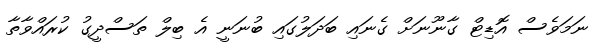
ނަމަވެސް އޮޑިޓް ގާނޫނަށް ގެނައި ބަދަލުގައި ބުނަނީ އެ ބިލް ތަސްދީގު ކުރައްވާތާ